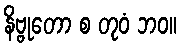
နိဗ္ဗုတော စ တုဝံ ဘဝ။